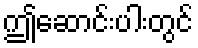
ဤဆောင်းပါးတွင်